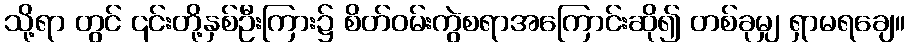
သို့ရာ တွင် ၎င်းတို့နှစ်ဦးကြား၌ စိတ်ဝမ်းကွဲစရာအကြောင်းဆို၍ တစ်ခုမျှ ရှာမရချေ။